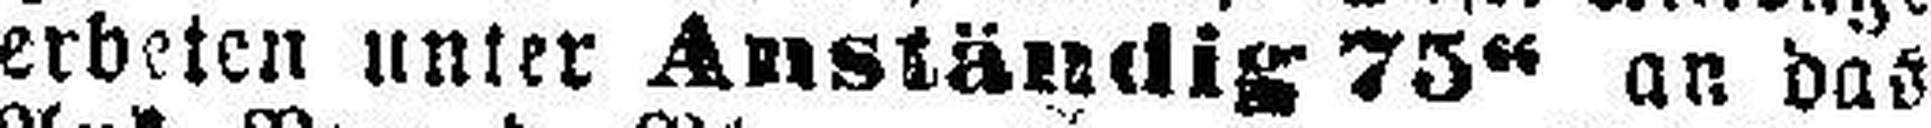
erbeten unter Anständig 75“ an das